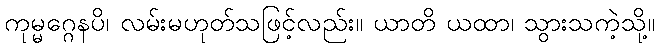
ကုမ္မဂ္ဂေနပိ၊ လမ်းမဟုတ်သဖြင့်လည်း။ ယာတိ ယထာ၊ သွားသကဲ့သို့။